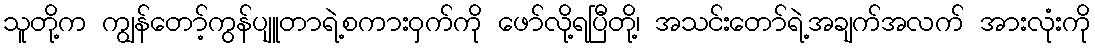
သူတို့က ကျွန်တော့်ကွန်ပျူတာရဲ့စကားဝှက်ကို ဖော်လို့ရပြီတို့၊ အသင်းတော်ရဲ့အချက်အလက် အားလုံးကို